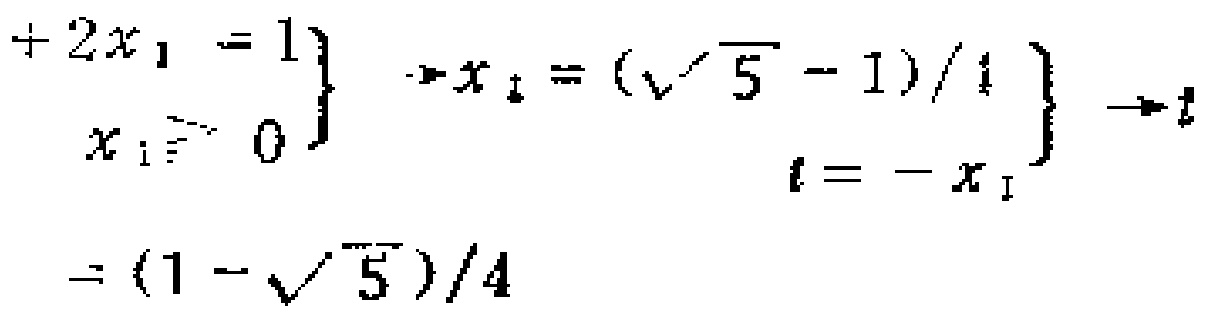
\begin{align*}

\left.\begin{array}{r}

 + 2x_1 = 1\\

x_1\geq0

\end{array}\right\} &\to x_1 = (\sqrt{5}-1)/4 \left.\begin{array}{r}

\\

t=-x_1

\end{array}\right\}\to t\\

t&=(1 - \sqrt{5})/4

\end{align*}